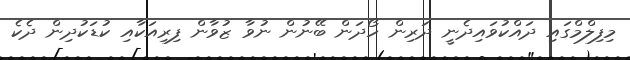
މިފިލްމްގައި ދައްކުވައިދެނީ ދަރިން ހޯދަން ބޭނުން ނުވާ ޒުވާން ފިރިއަކާއި ކުޑަކުދިން ދެކެ